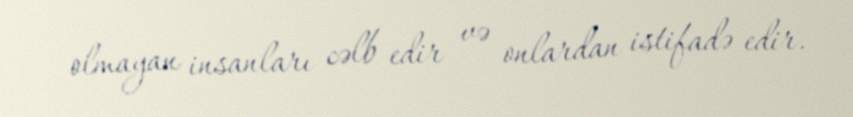
olmayan insanları cəlb edir və onlardan istifadə edir.